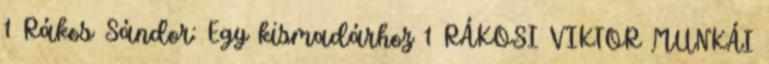
1 Rákos Sándor: Egy kismadárhoz 1 RÁKOSI VIKTOR MUNKÁI